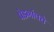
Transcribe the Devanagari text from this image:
पेडगांवचे